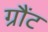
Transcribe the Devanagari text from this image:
ग्रौंट